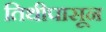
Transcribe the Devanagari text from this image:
तिथीपासून